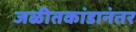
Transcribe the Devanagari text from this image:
जळीतकांडानंतर